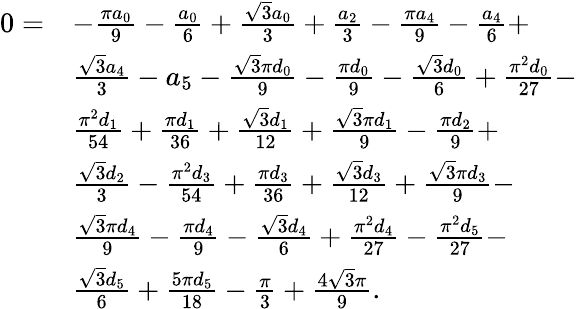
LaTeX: \begin{array}{rl}{0=}&{-\frac{\pi a_{0}}{9}-\frac{a_{0}}{6}+\frac{\sqrt{3}a_{0}}{3}+\frac{a_{2}}{3}-\frac{\pi a_{4}}{9}-\frac{a_{4}}{6}+}\\ &{\frac{\sqrt{3}a_{4}}{3}-a_{5}-\frac{\sqrt{3}\pi d_{0}}{9}-\frac{\pi d_{0}}{9}-\frac{\sqrt{3}d_{0}}{6}+\frac{\pi^{2}d_{0}}{27}-}\\ &{\frac{\pi^{2}d_{1}}{54}+\frac{\pi d_{1}}{36}+\frac{\sqrt{3}d_{1}}{12}+\frac{\sqrt{3}\pi d_{1}}{9}-\frac{\pi d_{2}}{9}+}\\ &{\frac{\sqrt{3}d_{2}}{3}-\frac{\pi^{2}d_{3}}{54}+\frac{\pi d_{3}}{36}+\frac{\sqrt{3}d_{3}}{12}+\frac{\sqrt{3}\pi d_{3}}{9}-}\\ &{\frac{\sqrt{3}\pi d_{4}}{9}-\frac{\pi d_{4}}{9}-\frac{\sqrt{3}d_{4}}{6}+\frac{\pi^{2}d_{4}}{27}-\frac{\pi^{2}d_{5}}{27}-}\\ &{\frac{\sqrt{3}d_{5}}{6}+\frac{5\pi d_{5}}{18}-\frac{\pi}{3}+\frac{4\sqrt{3}\pi}{9}.}\end{array}